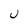
Character: U